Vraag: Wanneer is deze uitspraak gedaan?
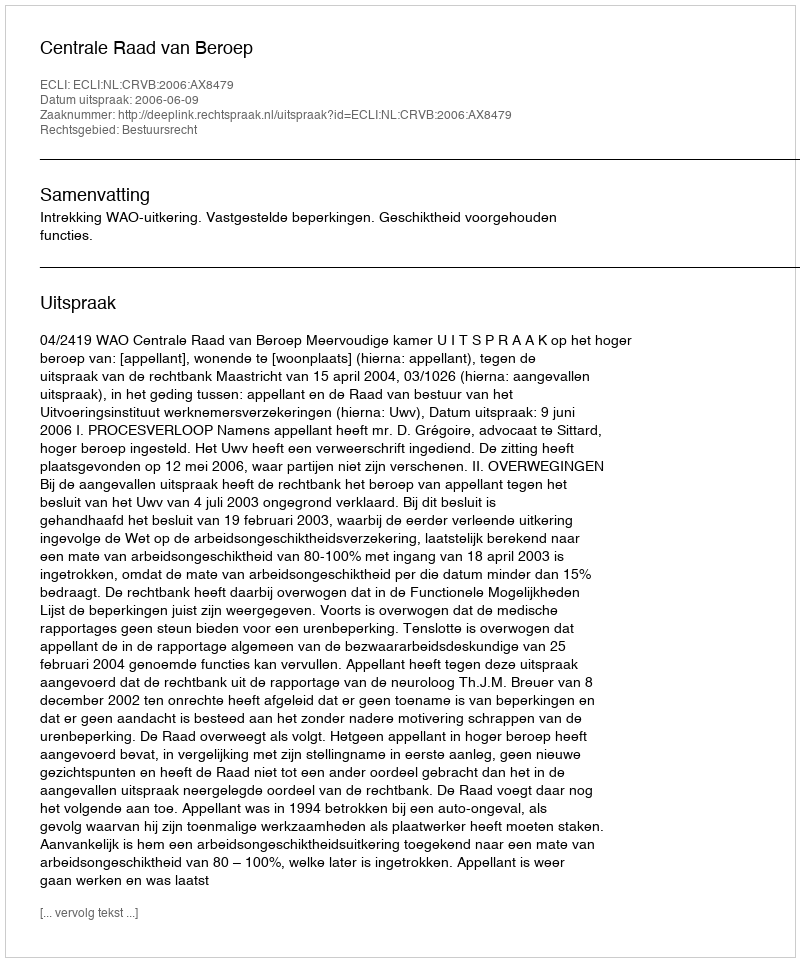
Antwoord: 2006-06-09